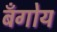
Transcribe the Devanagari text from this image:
बँगोय